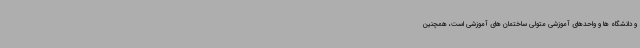
و دانشگاه ها و واحدهای آموزشی متولی ساختمان های آموزشی است، همچنین